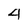
Character: 4